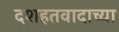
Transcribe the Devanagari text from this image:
दशहतवादाच्या